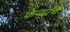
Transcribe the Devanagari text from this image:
फेर्‍यांचे